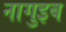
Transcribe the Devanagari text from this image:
नागुइब